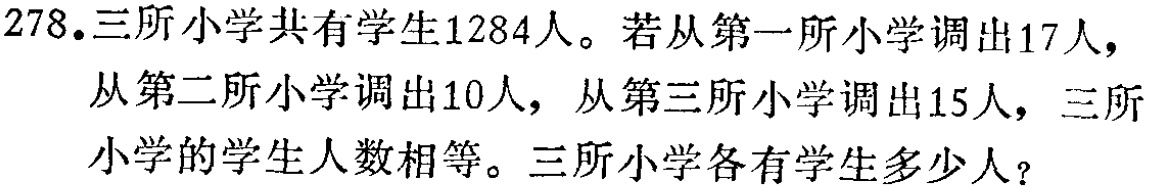
278.三所小学共有学生1284人。若从第一所小学调出17人，从第二所小学调出10人，从第三所小学调出15人，三所小学的学生人数相等。三所小学各有学生多少人？